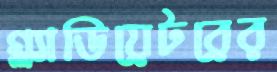
গ্ল্যাডিয়েটরের